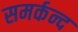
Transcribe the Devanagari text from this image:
समर्कन्द